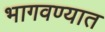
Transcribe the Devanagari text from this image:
भागवण्यात